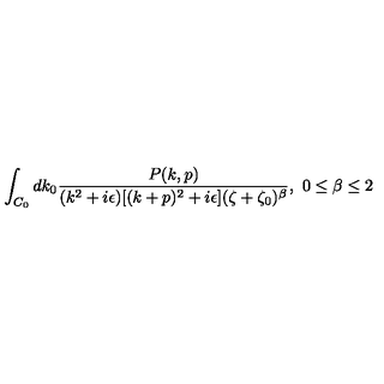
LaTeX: \int _ { C _ { 0 } } d k _ { 0 } { \frac { P ( k , p ) } { ( k ^ { 2 } + i \epsilon ) [ ( k + p ) ^ { 2 } + i \epsilon ] ( \zeta + \zeta _ { 0 } ) ^ { \beta } } } , \ 0 \leq \beta \leq 2